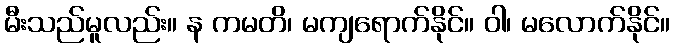
မီးသည်မူလည်း။ န ကမတိ၊ မကျရောက်နိုင်။ ဝါ၊ မလောက်နိုင်။